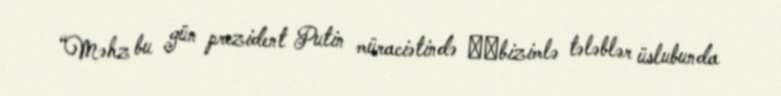
“Məhz bu gün prezident Putin müraciətində ​​bizimlə tələblər üslubunda